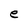
Character: e